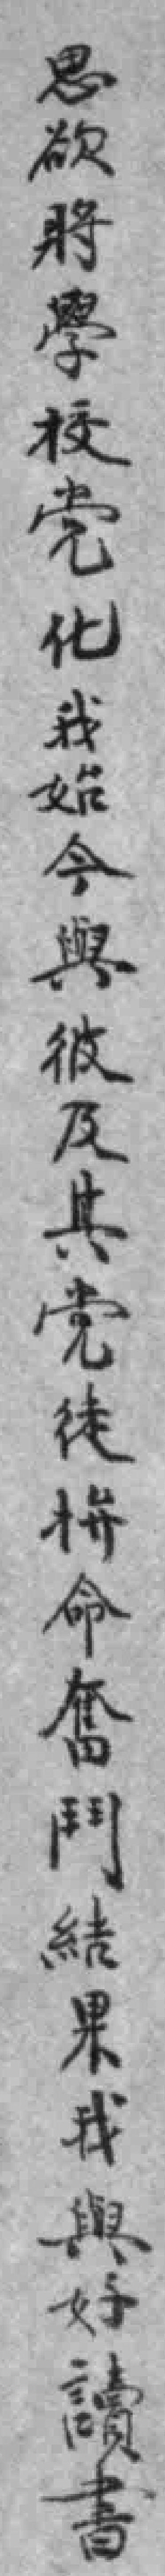
思欲将學校党化我始今與彼及其党徒拼命奮鬥結果我與好讀書